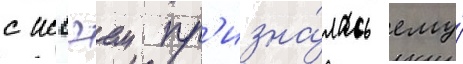
с иссэем пр'изна́лась ему́